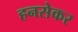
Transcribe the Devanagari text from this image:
हनसेकर